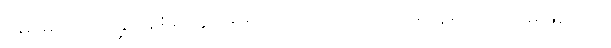
ဗမာများ ထကြွနေစဉ်တွင် ရှမ်း၊ ကချင်များက ငြိမ်နေ၍လည်း မဖြစ်ချေ။